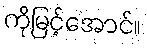
ကိုမြင့်အောင်။